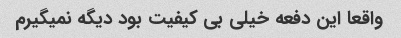
واقعا این دفعه خیلی بی کیفیت بود دیگه نمیگیرم